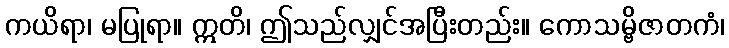
ကယိရာ၊ မပြုရာ။ ဣတိ၊ ဤသည်လျှင်အပြီးတည်း။ ကောသမ္ဗိဇာတကံ၊